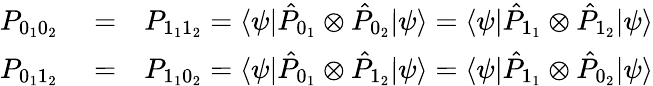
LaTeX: \begin{array}{rlr}{P_{0_{1}0_{2}}}&{{}=}&{P_{1_{1}1_{2}}=\langle\psi|\hat{P}_{0_{1}}\otimes\hat{P}_{0_{2}}|\psi\rangle=\langle\psi|\hat{P}_{1_{1}}\otimes\hat{P}_{1_{2}}|\psi\rangle}\\ {P_{0_{1}1_{2}}}&{{}=}&{P_{1_{1}0_{2}}=\langle\psi|\hat{P}_{0_{1}}\otimes\hat{P}_{1_{2}}|\psi\rangle=\langle\psi|\hat{P}_{1_{1}}\otimes\hat{P}_{0_{2}}|\psi\rangle}\end{array}